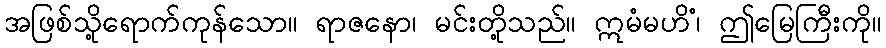
အဖြစ်သို့ရောက်ကုန်သော။ ရာဇနော၊ မင်းတို့သည်။ ဣမံမဟိံ၊ ဤမြေကြီးကို။